Civil Veterinary Department. United Provinces 1912-22 - 1912-1922
Year: 1912
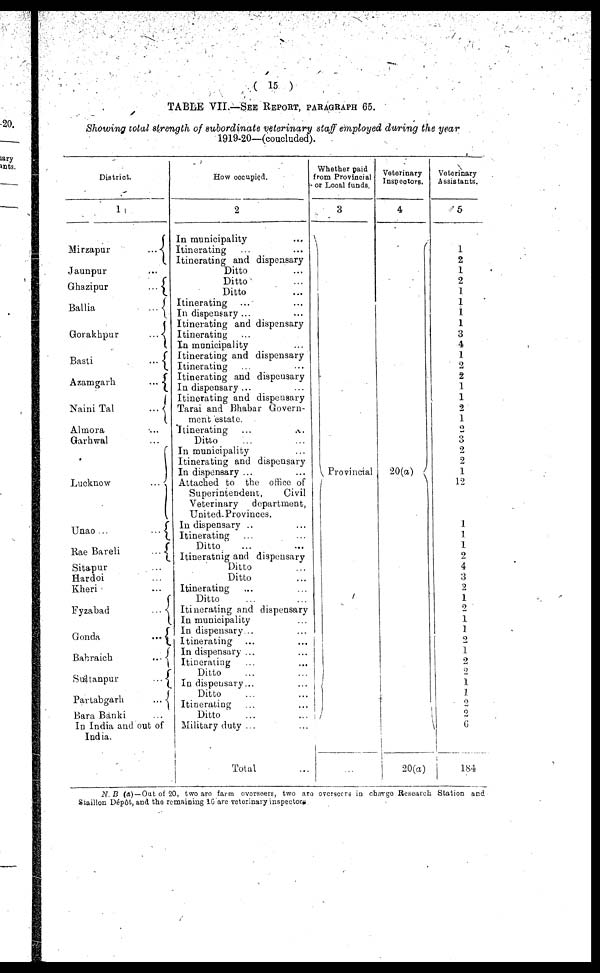
(15)
TABLE VII.—SEE REPORT, PARAGRAPHS 65.
Showing total strength of subordinate veterinary staff employed during the year
1919-20—(coucluded).
District.
1
Mirzapur
...
Jaunpur ...
Ghazipur
...
Ballia
...
Gorakhpur
...
Basti
...
Azamgarh
...
Naini Tal
...
Almora ...
Garhwal ...
Lucknow
...
Unao
..
...
Rae Bareli
...
Sitapur ...
Hardoi ...
Kheri ...
Fyzabad
...
Gonda
...
Babraich
...
Sudtanpur
...
Partabgarh
...
Bara Banki ...
In India and out of
India.
How occupied.
2
In municipality ...
Itinerating ... ...
Itinerating and dispensary
Ditto ..
Ditto ...
Ditto ...
Itinerating ... ...
In dispensary ... ...
Itinerating and dispensary
Itinerating ...
In municipality ...
Itinerating and dispensary
Itinerating ... ...
Itinerating and dispensary
In dispensary ... ...
Itinerating and dispensary
Tarai and Bhabar Govern-
ment estate.
Itinerating ...
Ditto ... ...
In municipality ...
Itinerating and dispensary
In dispensary ... ...
Attached to the office of
Superintendent,
Civil
Veterinary
department,
United. Provinces.
In dispensary .. ...
Itinerating ... ...
Ditto
...
...
Itinerating and dispensary
Ditto ... ..
Ditto
Itinerating
Ditto
Itinerating and dispensary
In municipality ...
In dispensary
Itinerating ... ...
In dispensary ... ...
Itinerating ...
Ditto ... ...
In dispensary ... ...
Ditto ... ...
Itinerating ... ...
Ditto ... ...
Military duty . . ...
Total ...
Whether paid
from Provincial
or Local funds.
8
Provincial
Veterinary
Inspectors.
4
20(a)
20(a)
Votcrinary
Assistants,
5
1
2
2
1
1
1
1
3
4
1
2
2
1
1
2
1
2
2
2
1
12
i
1
1
1
1
-
4
3
2
1
2
1
1
2
1
2
1
1
1
2
2
6
184
N B (a) — Out ot 20, two are farm overseers, two are overseeers in charge Research Station and
Staillon Dépôt, and the remarning 16 are vetorinary inspector